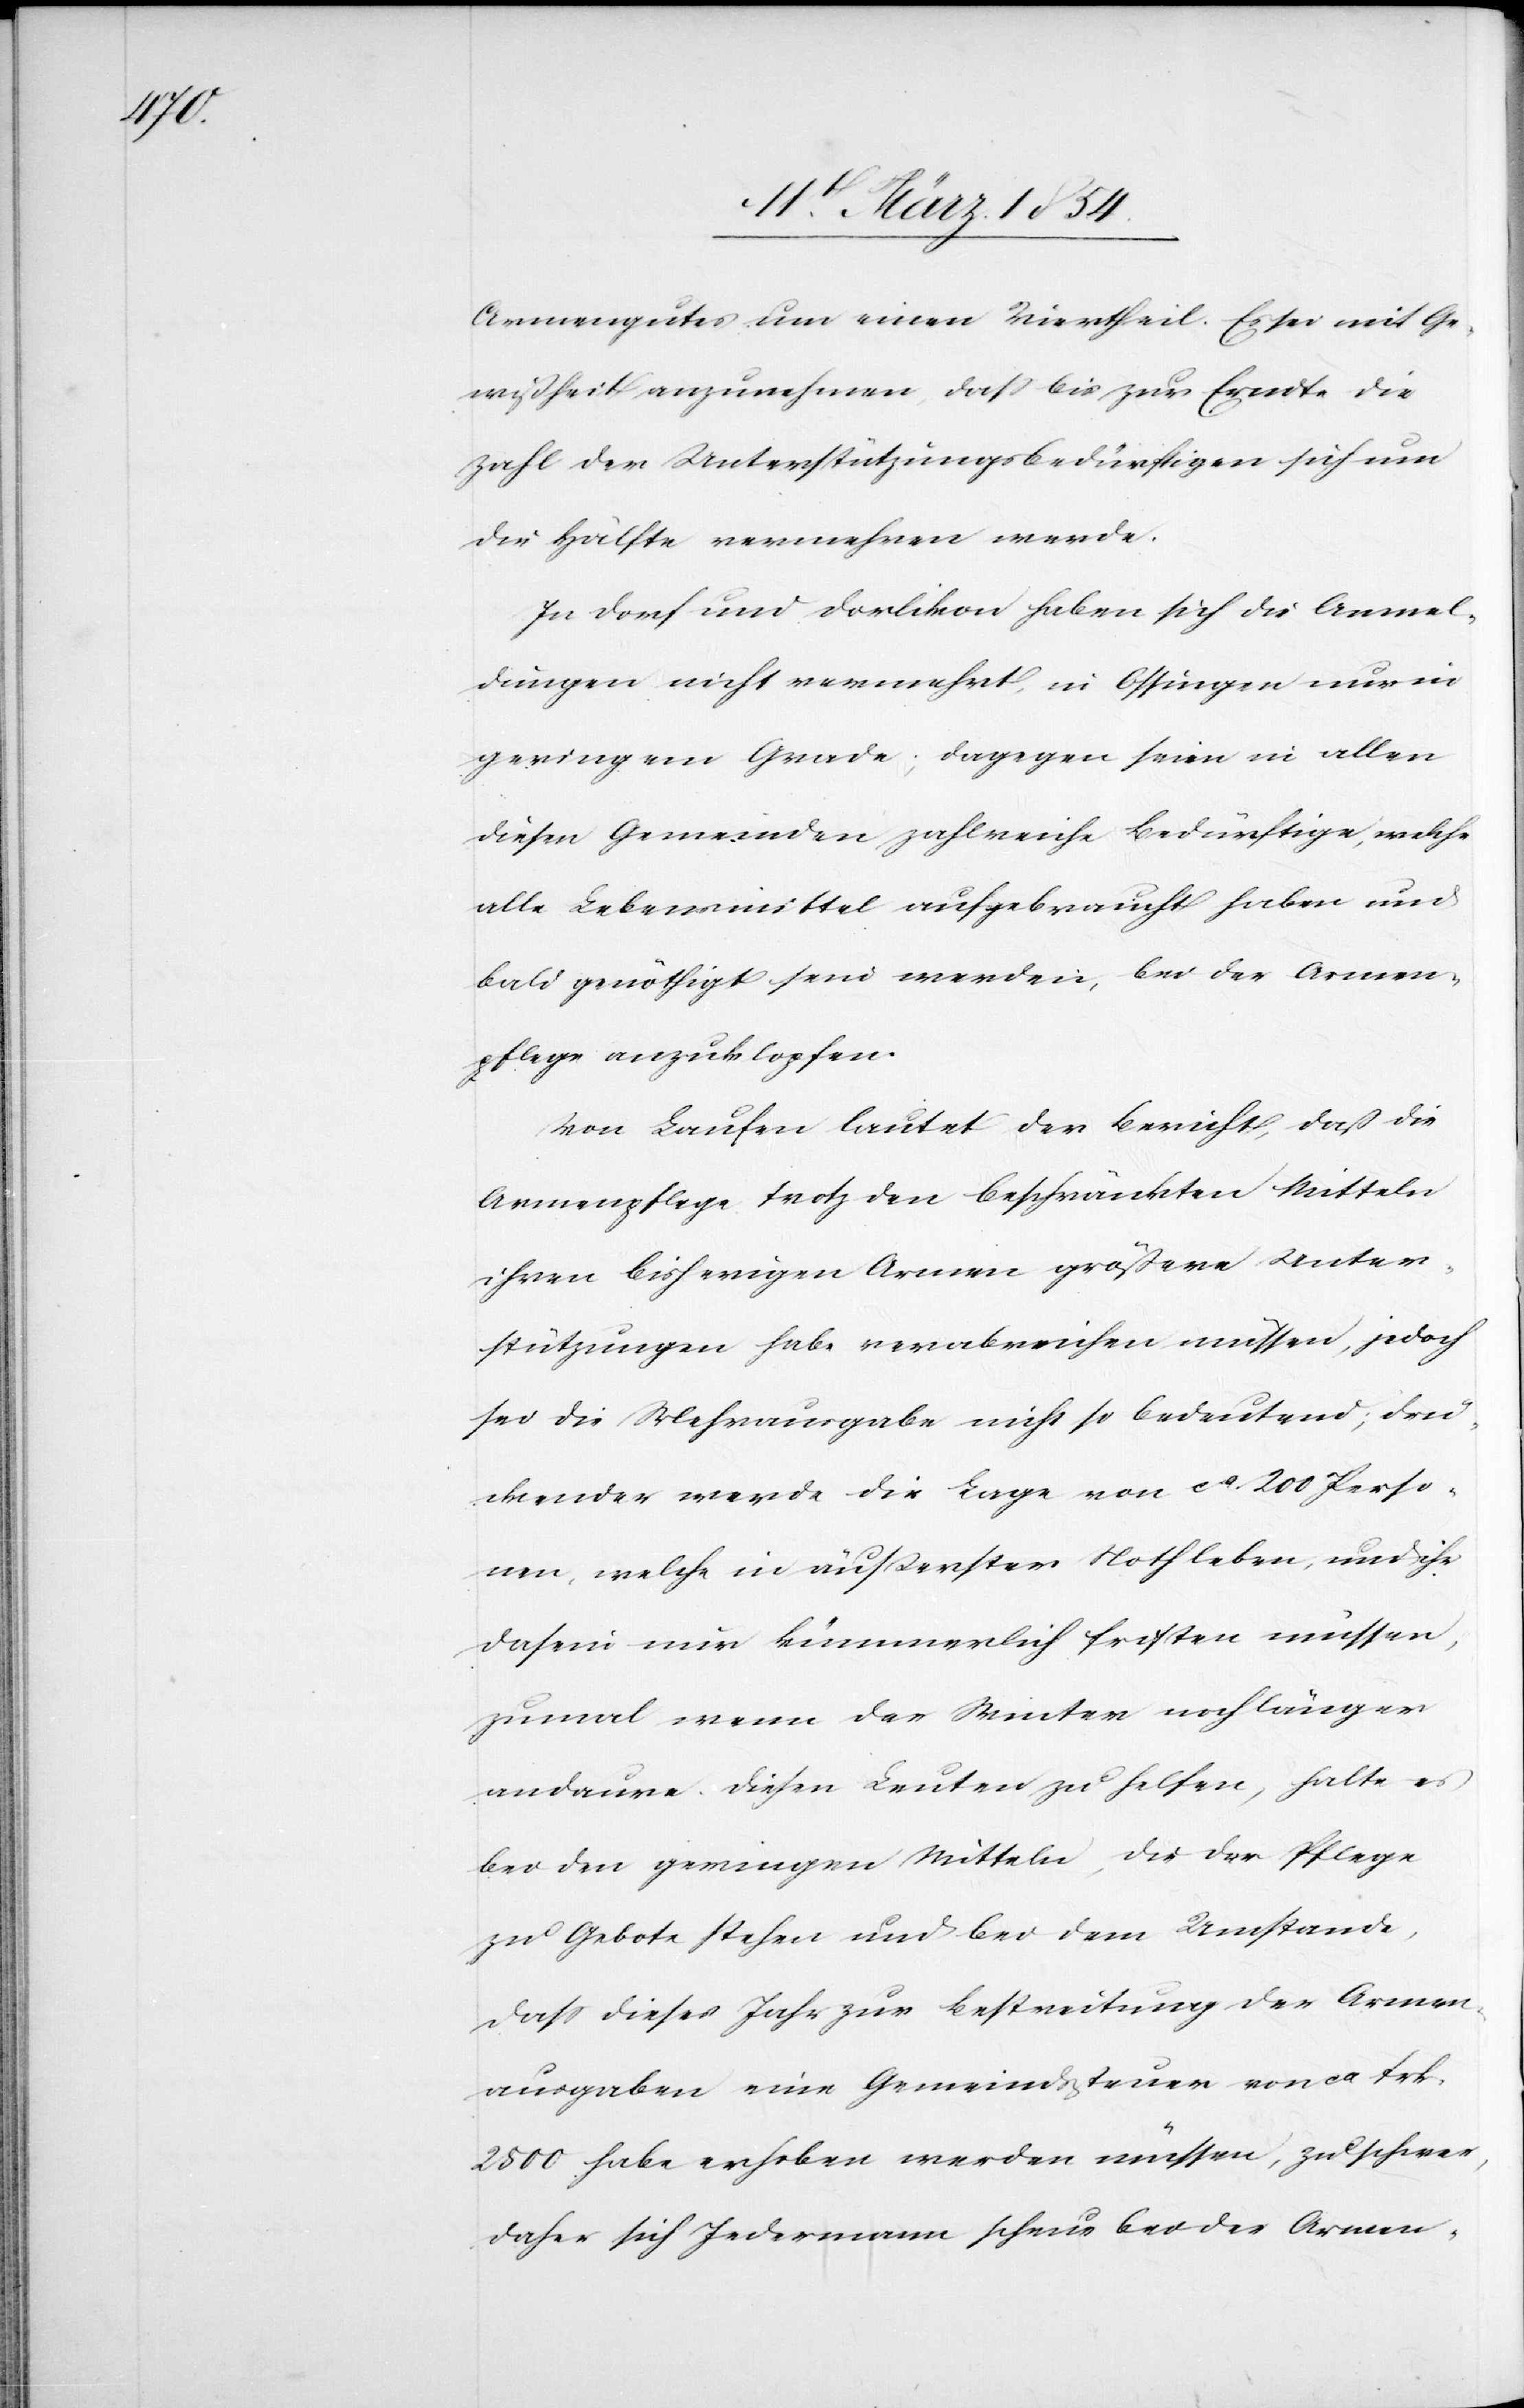
Armengutes um einen Viertheil. Es sei mit Ge¬
wißheit anzunehmen, daß bis zur Erndte die
Zahl der Unterstützungsbedürftigen sich um
die Hälfte vermehren werde.
In Dorf und Dorlikon haben sich die Anmel¬
dungen nicht vermehrt, in Ossingen nur in
geringem Grade; dagegen seien in allen
diesen Gemeinden zahlreiche Bedürftige, welche
alle Lebensmittel aufgebraucht haben und
bald genöthigt sein werden, bei der Armen¬
pflege anzuklopfen.
Von Laufen lautet der Bericht, daß die
Armenpflege trotz den beschränkten Mitteln
ihren bisherigen Armen größere Unter¬
stützungen habe verabreichen müssen, jedoch
sei die Mehrausgabe nicht so bedeutend; drü¬
ckender werde die Lage von ca 200 Perso¬
nen, welche in äußerster Noth leben, und ihr
Dasein nur kümmerlich fristen müssen,
zumal wenn der Winter noch länger
andaure. Diesen Leuten zu helfen, halte es
bei den geringen Mitteln, die der Pflege
zu Gebote stehen und bei dem Umstande,
daß dieses Jahr zur Bestreitung der Armen¬
ausgaben eine Gemeindssteuer von ca Frk.
2500. habe erhoben werden müssen, zu schwer,
daher sich Jedermann scheue bei der Armen-